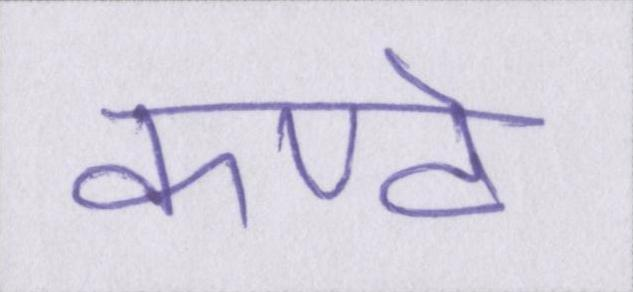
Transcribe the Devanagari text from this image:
कण्ठे